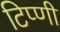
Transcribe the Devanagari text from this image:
टिप्णी